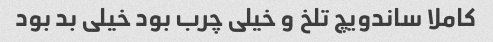
کاملا ساندویچ تلخ و خیلی چرب بود خیلی بد بود